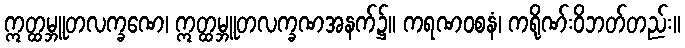
ဣတ္ထမ္ဘူတလက္ခဏေ၊ ဣတ္ထမ္ဘူတလက္ခဏအနက်၌။ ကရဏဝစနံ၊ ကရိုဏ်းဝိဘတ်တည်း။